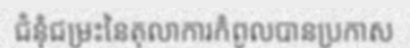
ជំនុំជម្រះនៃតុលាការកំពូលបានប្រកាស